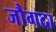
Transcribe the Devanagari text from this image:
जौगदा